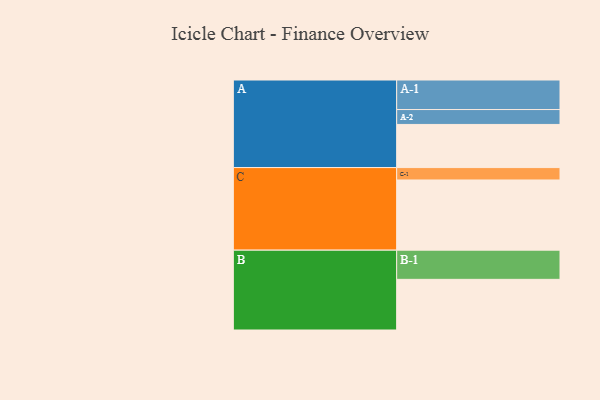
{"axis": {"x": "Segment", "y": "Value"}, "legend": ["", "A", "B", "C"], "data": [{"x": "A", "y": 362, "type": ""}, {"x": "B", "y": 425, "type": ""}, {"x": "C", "y": 589, "type": ""}, {"x": "A-1", "y": 248, "type": "A"}, {"x": "A-2", "y": 125, "type": "A"}, {"x": "B-1", "y": 245, "type": "B"}, {"x": "C-1", "y": 104, "type": "C"}]}